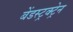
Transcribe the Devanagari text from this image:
बेंडस्ट्रक्ट्रेन